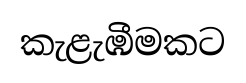
කැළැඹීමකට